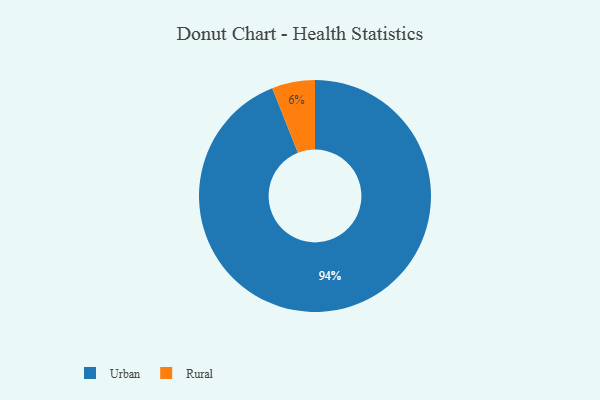
{"axis": {"x": "Category", "y": "Percentage"}, "legend": ["Rural", "Urban"], "data": [{"x": "Urban", "y": 94, "type": "Urban"}, {"x": "Rural", "y": 6, "type": "Rural"}]}